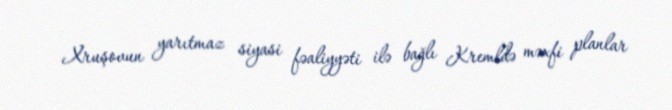
Xruşovun yarıtmaz siyasi fəaliyyəti ilə bağlı Kremldə məxfi planlar